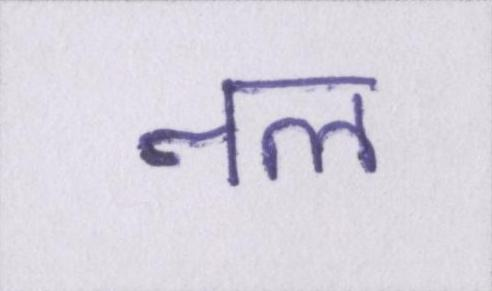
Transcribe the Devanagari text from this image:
नल